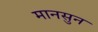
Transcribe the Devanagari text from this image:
मानसुन